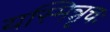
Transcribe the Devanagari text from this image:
यस्मिन्नृचः